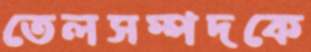
তেলসম্পদকে